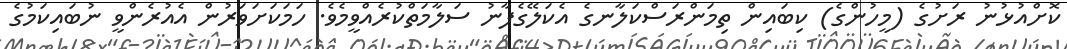
ކޮށްއުޅުނު ރަށުގެ (މީހުންގެ) ކިބައިން ތިމަންރަސްކަލާނގެ އެކަލޭގެފާނު ސަލާމަތްކުރެއްވީމެވެ. ހަމަކަށަވަރުން އެއުރެންވީ ނުބައިކަމުގެ